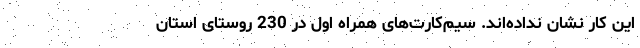
این کار نشان نداده‌اند. سیم‌کارت‌های همراه اول در 230 روستای استان